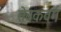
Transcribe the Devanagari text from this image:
सेवकवर्ग